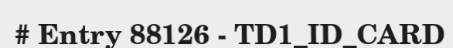
# Entry 88126 - TD1_ID_CARD